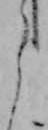
う